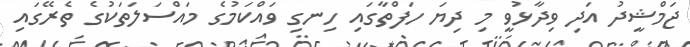
ޖަމްޝީދު އަދި ވިދާޅުވީ މި ދިޔަ ހަފްތާގައި ހިނގި ވައްކަމުގެ މައްސަލަތަކުގެ ތެރޭގައި